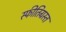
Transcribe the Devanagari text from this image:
स्फीतिग्रस्त